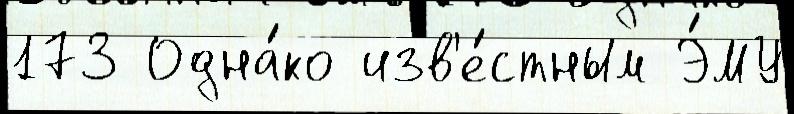
173 Одна́ко изв'е́стным Э́МУ